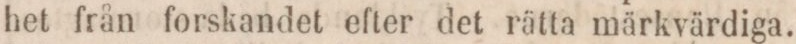
het från forskandet efter det rätta märkvärdiga.